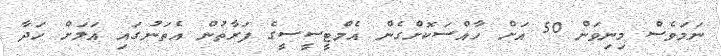
ނަމަވެސް މިނިވަން 50 އަށް ހާއްސަކޮށްގެން އެމްޓީސީސީގެ ފަރާތުން އެތަނުގައި އަލަށް ހަދާ